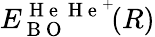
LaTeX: E_{\mathrm{~B~O~}}^{\mathrm{~H~e~}\mathrm{~H~e~}^{+}}\! (R)